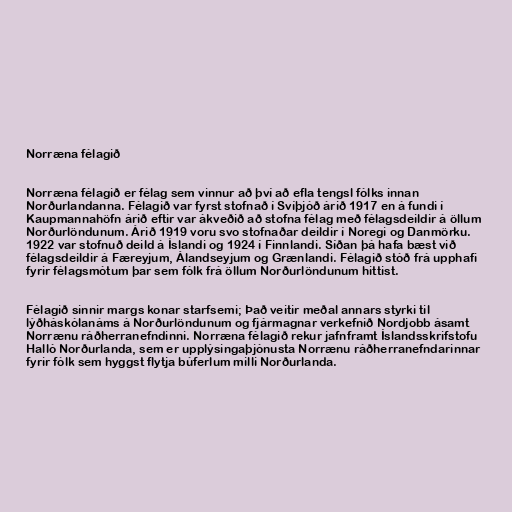
Norræna félagið

Norræna félagið er félag sem vinnur að því að efla tengsl fólks innan
Norðurlandanna. Félagið var fyrst stofnað í Svíþjóð árið 1917 en á fundi í
Kaupmannahöfn árið eftir var ákveðið að stofna félag með félagsdeildir á öllum
Norðurlöndunum. Árið 1919 voru svo stofnaðar deildir í Noregi og Danmörku.
1922 var stofnuð deild á Íslandi og 1924 í Finnlandi. Síðan þá hafa bæst við
félagsdeildir á Færeyjum, Álandseyjum og Grænlandi. Félagið stóð frá upphafi
fyrir félagsmótum þar sem fólk frá öllum Norðurlöndunum hittist.

Félagið sinnir margs konar starfsemi; Það veitir meðal annars styrki til
lýðháskólanáms á Norðurlöndunum og fjármagnar verkefnið Nordjobb ásamt
Norrænu ráðherranefndinni. Norræna félagið rekur jafnframt Íslandsskrifstofu
Halló Norðurlanda, sem er upplýsingaþjónusta Norrænu ráðherranefndarinnar
fyrir fólk sem hyggst flytja búferlum milli Norðurlanda.